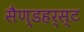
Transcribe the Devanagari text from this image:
सैण्डहर्स्ट